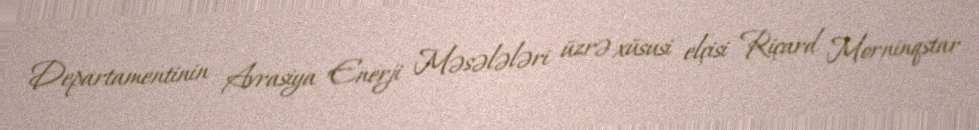
Departamentinin Avrasiya Enerji Məsələləri üzrə xüsusi elçisi Riçard Morninqstar